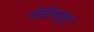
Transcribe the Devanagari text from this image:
चेन्नैयाइट